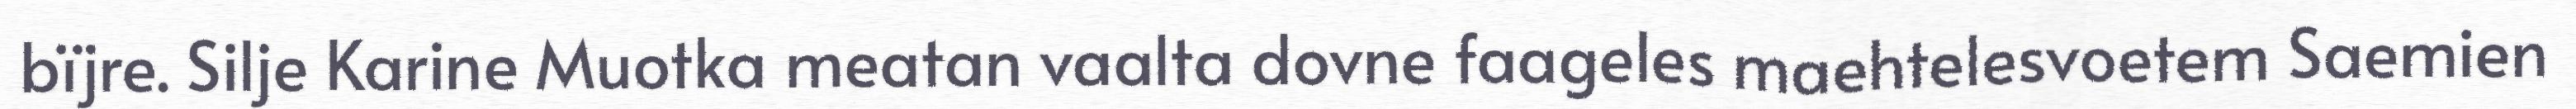
bïjre. Silje Karine Muotka meatan vaalta dovne faageles maehtelesvoetem Saemien